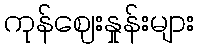
ကုန်ဈေးနှုန်းများ